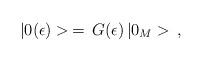
LaTeX: \begin{align*} |0(\epsilon)>\,=\,G(\epsilon)\,|0_M>\,{,}\end{align*}